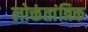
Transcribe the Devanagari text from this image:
लोक्तंतांत्रिक